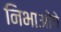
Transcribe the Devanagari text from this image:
निभाओगे